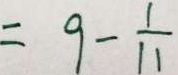
= 9 - \frac { 1 } { 1 1 }